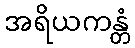
အရိယကန္တံ